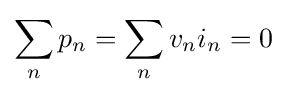
\sum _{n}p_{n}=\sum _{n}v_{n}i_{n}=0